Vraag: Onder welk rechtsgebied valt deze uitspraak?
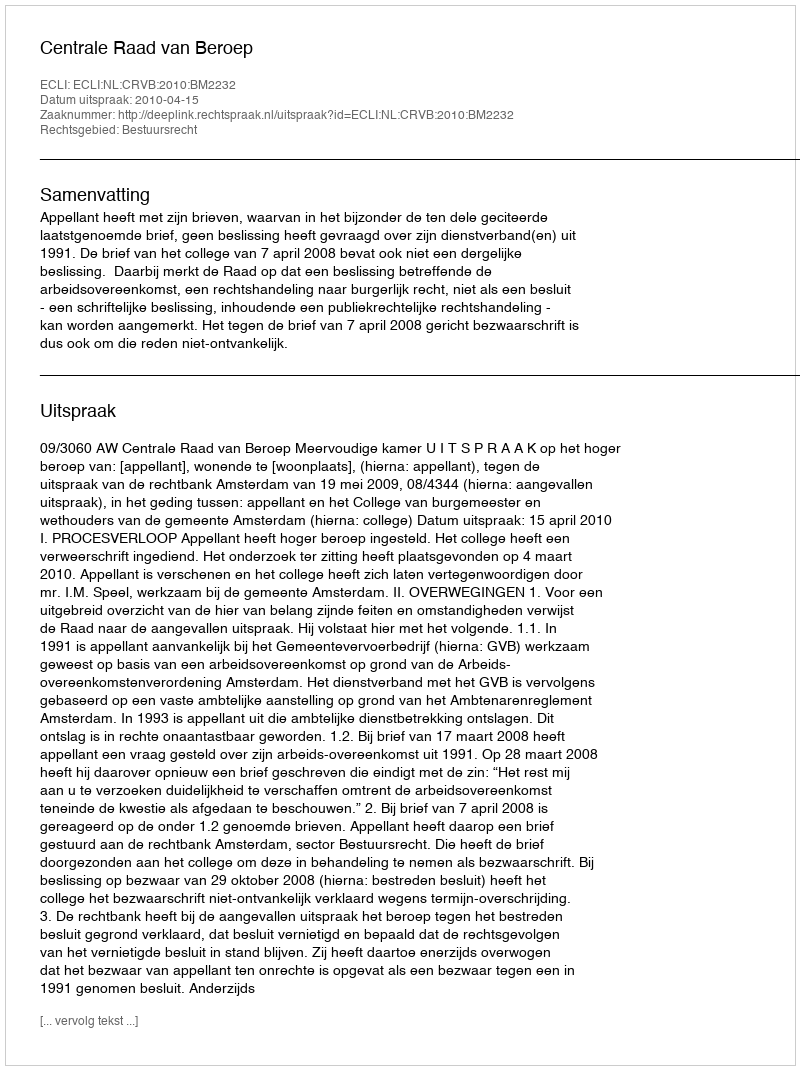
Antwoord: Bestuursrecht